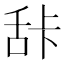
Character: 𰯽